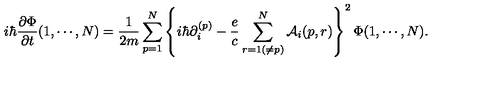
i \hbar { \frac { \partial \Phi } { \partial t } } ( 1 , \cdots , N ) = { \frac { 1 } { 2 m } } \sum _ { p = 1 } ^ { N } \left\{ i \hbar \partial _ { i } ^ { ( p ) } - { \frac { e } { c } } \sum _ { r = 1 ( \ne p ) } ^ { N } { \cal A } _ { i } ( p , r ) \right\} ^ { 2 } \Phi ( 1 , \cdots , N ) .